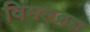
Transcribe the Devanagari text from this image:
विमलब्रह्म